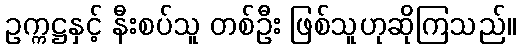
ဥက္ကဋ္ဌနှင့် နီးစပ်သူ တစ်ဦး ဖြစ်သူဟုဆိုကြသည်။